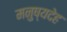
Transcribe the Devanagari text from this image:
मनुष्यदेह